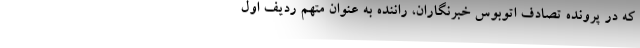
که در پرونده تصادف اتوبوس خبرنگاران، راننده به عنوان متهم ردیف اول